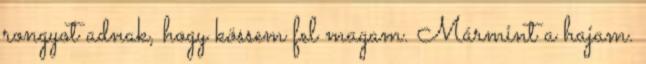
rongyot adnak, hogy kössem fel magam. Mármint a hajam.